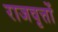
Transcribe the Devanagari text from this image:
राजवृत्तों